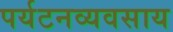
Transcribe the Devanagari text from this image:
पर्यटनव्यवसाय